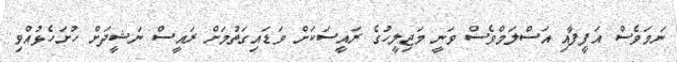
ނަމަވެސް އަފީފާއި އަސްލަމްވެސް ވަނީ މަޖިލީހުގެ ރައީސަކަށް ވަޑައިގަތުމަށް ރައީސް ނަަޝީދަށް ހުށަހެޅުއްވި